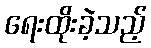
ရေးထိုးခဲ့သည့်